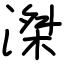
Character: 滐